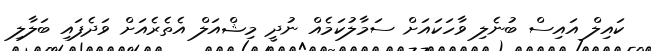
ކައިލް އައިސް ބުނެލި ވާހަކައަށް ސަމާލުކަމެއް ނުދީ މިޝްއަލް އެތެރެއަށް ވަދެފައި ބަލާލި